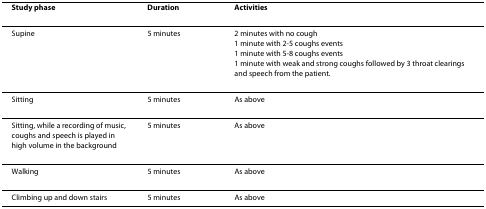
<table><thead><tr><td><b>Study phase</b></td><td><b>Duration</b></td><td><b>Activities</b></td></tr></thead><tbody><tr><td>Supine</td><td>5 minutes</td><td>2 minutes with no cough1 minute with 2-5 coughs events1 minute with 5-8 coughs events1 minute with weak and strong coughs followed by 3 throat clearings and speech from the patient.</td></tr><tr><td>Sitting</td><td>5 minutes</td><td>As above</td></tr><tr><td>Sitting, while a recording of music, coughs and speech is played in high volume in the background</td><td>5 minutes</td><td>As above</td></tr><tr><td>Walking</td><td>5 minutes</td><td>As above</td></tr><tr><td>Climbing up and down stairs</td><td>5 minutes</td><td>As above</td></tr></tbody></table>